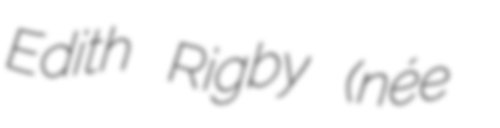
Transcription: Edith Rigby (née